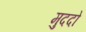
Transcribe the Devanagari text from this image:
मुददो